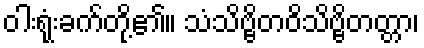
ဝါးရုံးခက်တို့၏။ သံသိဗ္ဗိတဝိသိဗ္ဗိတတ္တာ၊